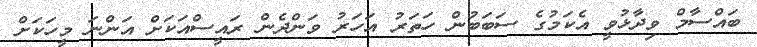
ބައްސާމް ވިދާޅުވީ އެކަމުގެ ސަބަބުން ހަތަރު އަހަރު ވަންދެން ރައީސްއަކަށް އަންނަ މީހަކަށް